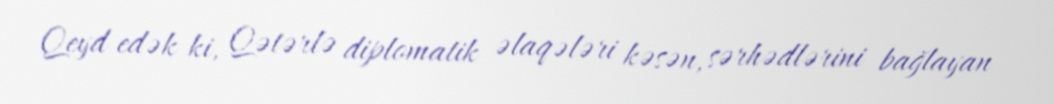
Qeyd edək ki, Qətərlə diplomatik əlaqələri kəsən, sərhədlərini bağlayan